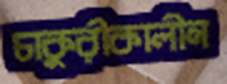
চাকুরীকালীন